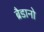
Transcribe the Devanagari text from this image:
ब्रैडानो